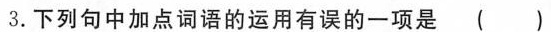
3.下列句中加点词语的运用有误的一项是()